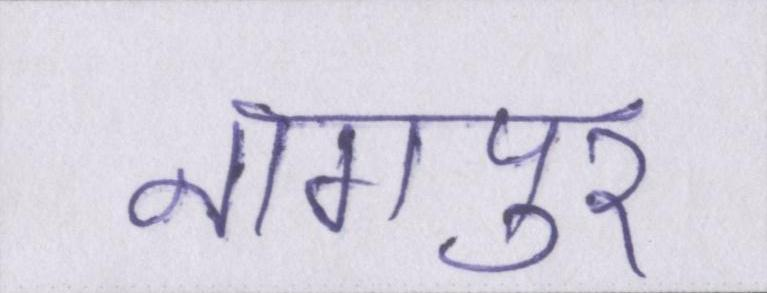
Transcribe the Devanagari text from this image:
नागपुर